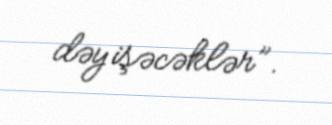
dəyişəcəklər”.